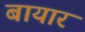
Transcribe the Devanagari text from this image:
बायार